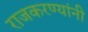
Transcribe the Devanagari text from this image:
राजकरण्यांनी